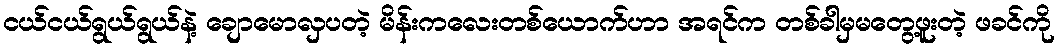
ငယ်ငယ်ရွယ်ရွယ်နဲ့ ချောမောလှပတဲ့ မိန်းကလေးတစ်ယောက်ဟာ အရင်က တစ်ခါမှမတွေ့ဖူးတဲ့ ဖခင်ကို